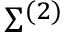
\Sigma ^ { ( 2 ) }